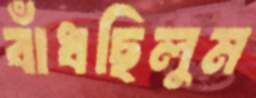
বাঁধছিলুম